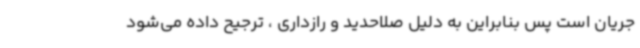
جریان است پس بنابراین به دلیل صلاحدید و رازداری ، ترجیح داده می‌شود